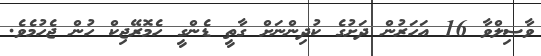
ވާޞިލްވާ 16 އަހަރުން ދަށުގެ ކުދިންނަށް ގާތީ ޑެންގީ ހެމޮރޭޖިކް ހުން ޖެހުމެވެ.